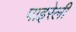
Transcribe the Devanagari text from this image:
पाइरेली